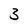
Character: 3